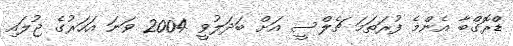
ޑްރޮގްބާ އެންމެ ފުރަތަމަ ޗެލްސީ އަށް ބަދަލުވީ 2004 ވަނަ އަހަރުގެ ޖުލައި